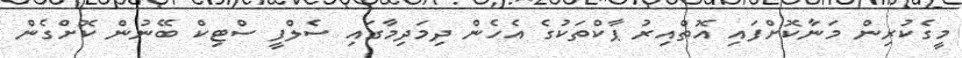
މީގެކުރިން މަނާކޮށްފައި އޮތްއިރު ޕާކްތަކުގެ އެހެން ދިމަދިމާގައި ސެލްފީ ސްޓިކް ބޭނުން ކޮށްގެން